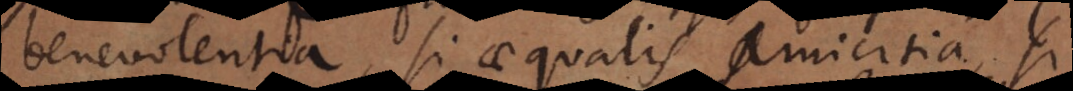
benevolentia, si aequalis amicitia, si